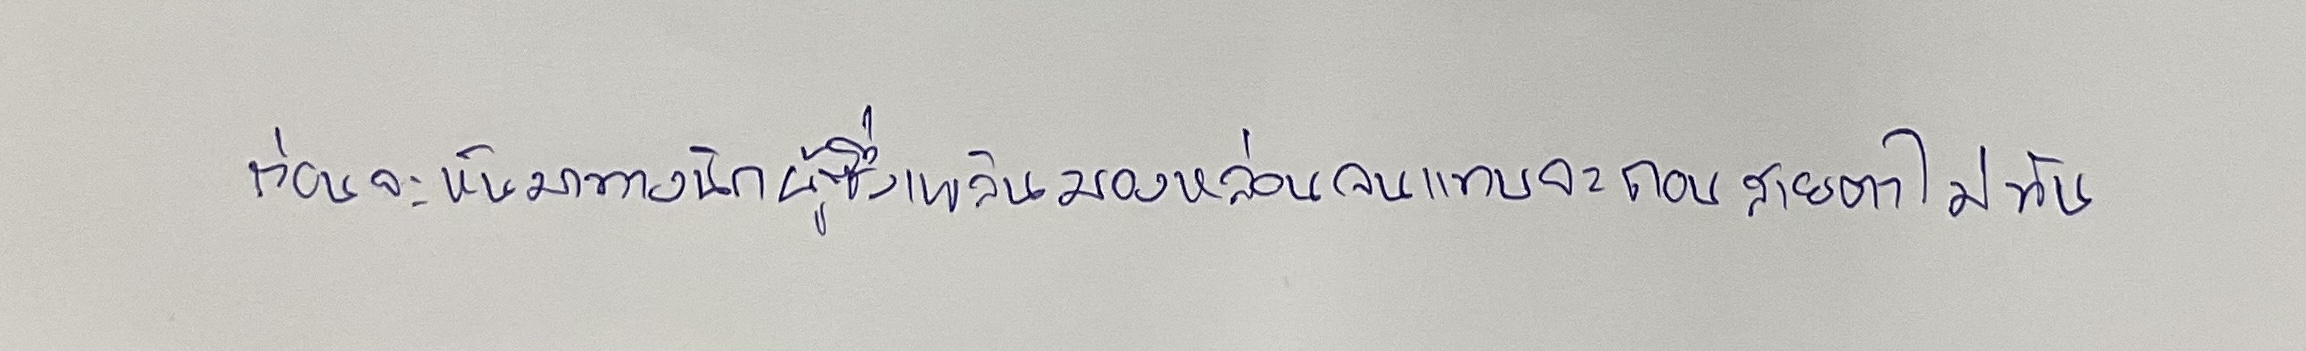
ก่อนจะหันมาทางนิกผู้ซึ่งเพลินมองหล่อนจนแทบจะถอนสายตาไม่ทัน